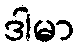
ဒါမာ